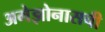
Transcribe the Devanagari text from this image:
अमेझोनासची